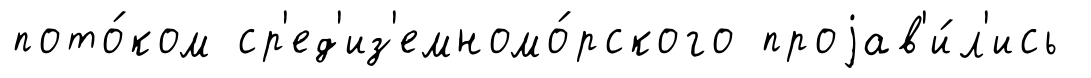
пото́ком ср'ед'из'емномо́рского проjав'и́л'ись